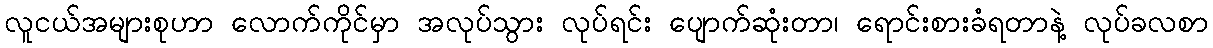
လူငယ်အများစုဟာ လောက်ကိုင်မှာ အလုပ်သွား လုပ်ရင်း ပျောက်ဆုံးတာ၊ ရောင်းစားခံရတာနဲ့ လုပ်ခလစာ